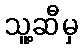
သူ့ဆီမှ